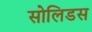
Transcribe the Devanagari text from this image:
सोलिडस